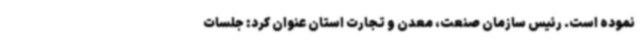
نموده است. رئیس سازمان صنعت، معدن و تجارت استان عنوان کرد: جلسات